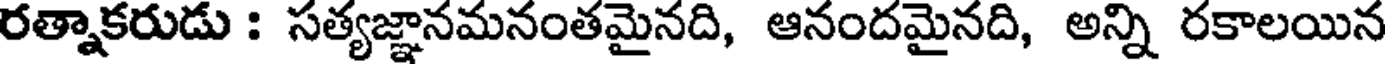
రత్నాకరుడు : సత్యజ్ఞానమనంతమైనది, ఆనందమైనది, అన్ని రకాలయిన